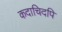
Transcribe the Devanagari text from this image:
कदाचिदपि